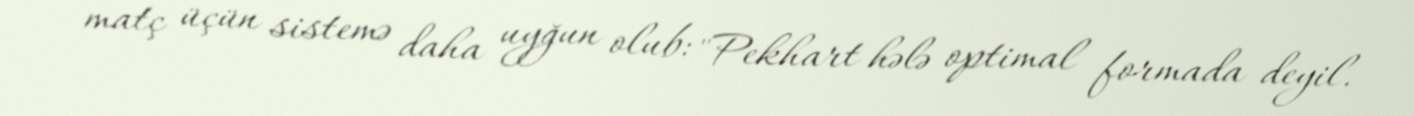
matç üçün sistemə daha uyğun olub: "Pekhart hələ optimal formada deyil.